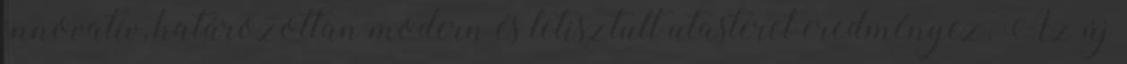
innovatív, határozottan modern és letisztult utasteret eredményez. Az új